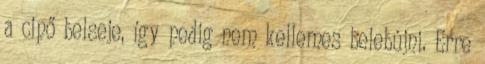
a cipő belseje, így pedig nem kellemes belebújni. Erre